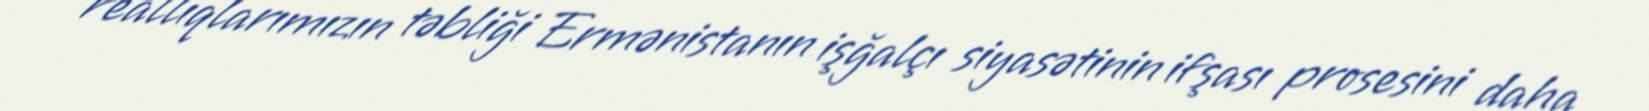
reallıqlarımızın təbliği Ermənistanın işğalçı siyasətinin ifşası prosesini daha